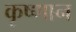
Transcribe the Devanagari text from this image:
कृष्णान